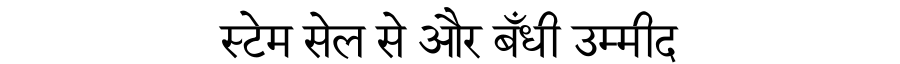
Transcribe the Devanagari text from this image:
स्टेम सेल से और बँधी उम्मीद